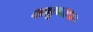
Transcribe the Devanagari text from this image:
शत्रूच्याच